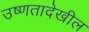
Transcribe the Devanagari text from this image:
उष्णतादेखील